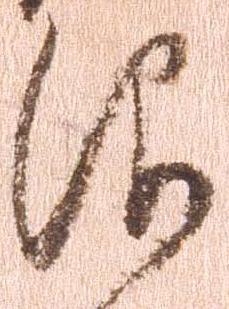
仰